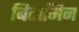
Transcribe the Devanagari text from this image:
बिटामिन